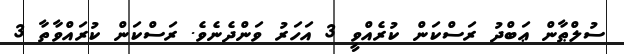
ސުލްޠާން ޢަބްދު ރަސްކަން ކުރެއްވީ 3 އަހަރު ވަންދެނެވެ. ރަސްކަން ކުރައްވާތާ 3